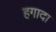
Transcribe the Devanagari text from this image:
हगादा